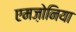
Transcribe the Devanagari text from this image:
एमज़ोनिया